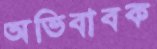
অভিবাবক